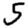
Digit: 5